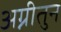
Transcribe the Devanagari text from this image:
अग्नीतुन